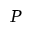
P